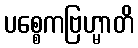
ပစ္စေကဗြဟ္မာတိ